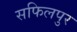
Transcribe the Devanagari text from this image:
सफिलपुर